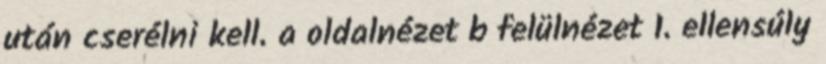
után cserélni kell. a oldalnézet b felülnézet 1. ellensúly